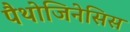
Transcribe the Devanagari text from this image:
पैथोजिनेसिस